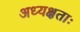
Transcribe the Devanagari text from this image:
अध्यक्षताः